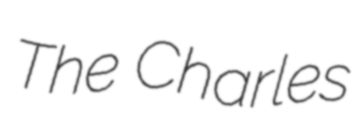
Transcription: The Charles